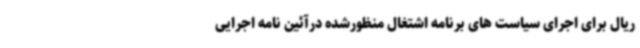
ریال برای اجرای سیاست های برنامه اشتغال منظورشده درآئین نامه اجرایی